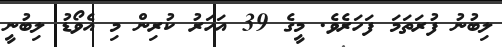
ލިބުނު ފުރަތަމަ ފަހަރެވެ. މީގެ 39 އަހަރު ކުރިން މި އެވޯޑު ލިބުނީ